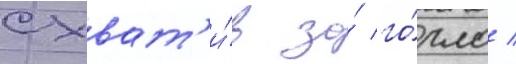
схват'и́в за́ го́рло /